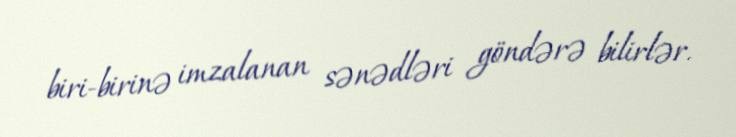
biri-birinə imzalanan sənədləri göndərə bilirlər.